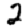
Digit: 2